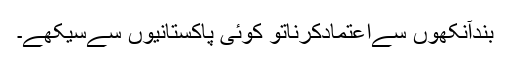
بندآنکھوں سےاعتمادکرناتو کوئی پاکستانیوں سےسیکھے۔